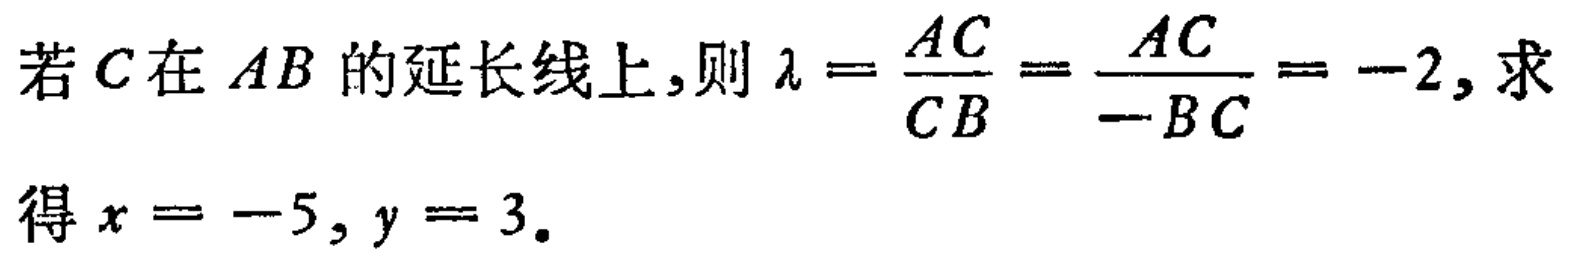
若\(C\)在\(AB\)的延长线上，则\(\lambda =\frac{AC}{CB}=\frac{AC}{-BC}=-2\)，求
得\(x = -5, y = 3\)。